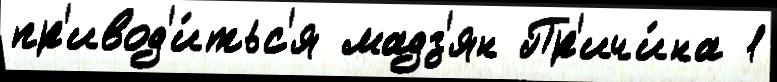
пр'ивод'и́тьс'я мадз'ян Пр'ичи́на 1